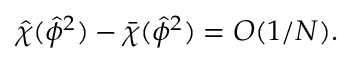
\hat { \chi } ( \hat { \phi } ^ { 2 } ) - \bar { \chi } ( \hat { \phi } ^ { 2 } ) = { \cal { O } } ( 1 / N ) .